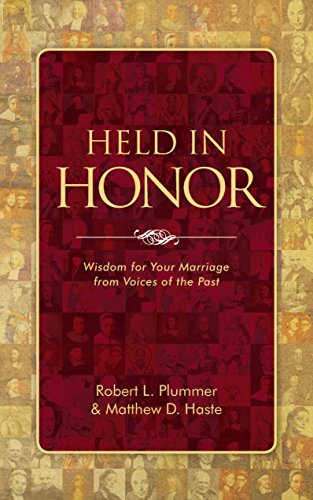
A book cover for Held in Honor: Wisdom for Your Marriage from Voices of the Past; Matthew D. Haste; Christian Books & Bibles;